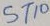
Text: ST10